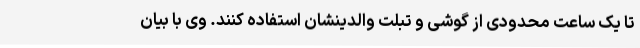
تا یک ساعت محدودی از گوشی و تبلت والدینشان استفاده کنند. وی با بیان